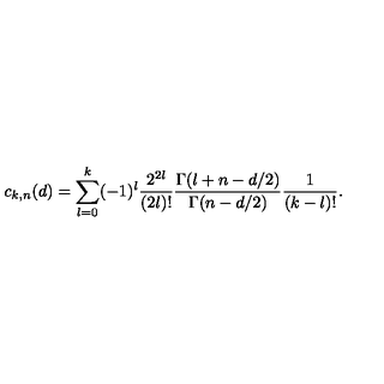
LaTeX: c _ { k , n } ( d ) = \sum _ { l = 0 } ^ { k } ( - 1 ) ^ { l } { \frac { 2 ^ { 2 l } } { ( 2 l ) ! } } { \frac { \Gamma ( l + n - d / 2 ) } { \Gamma ( n - d / 2 ) } } { \frac { 1 } { ( k - l ) ! } } .